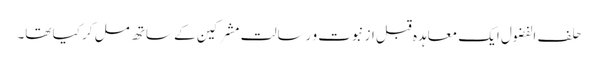
حلف الفضول ایک معاہدہ قبل از نبوت و رسالت مشرکین کے ساتھ مل کر کیا تھا۔